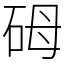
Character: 砪